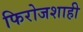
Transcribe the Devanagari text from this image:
फिरोजशाही